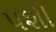
પશી